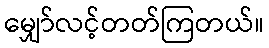
မျှော်လင့်တတ်ကြတယ်။